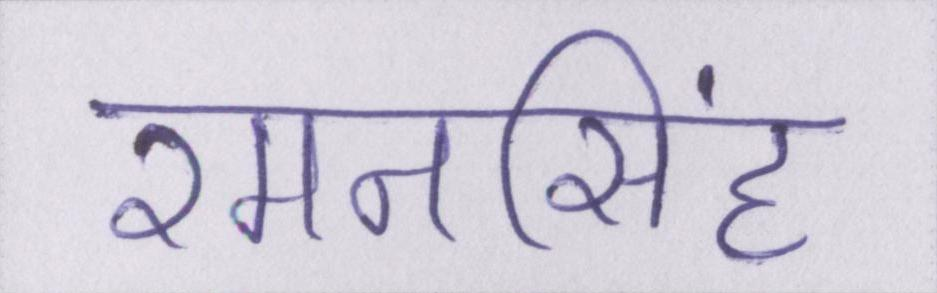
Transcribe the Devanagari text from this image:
रमनसिंह